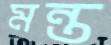
মন্ত